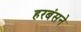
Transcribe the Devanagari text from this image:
हरबंसने